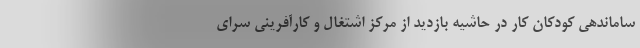
ساماندهی کودکان کار در حاشیه بازدید از مرکز اشتغال و کارآفرینی سرای